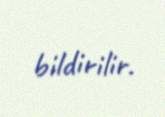
bildirilir.